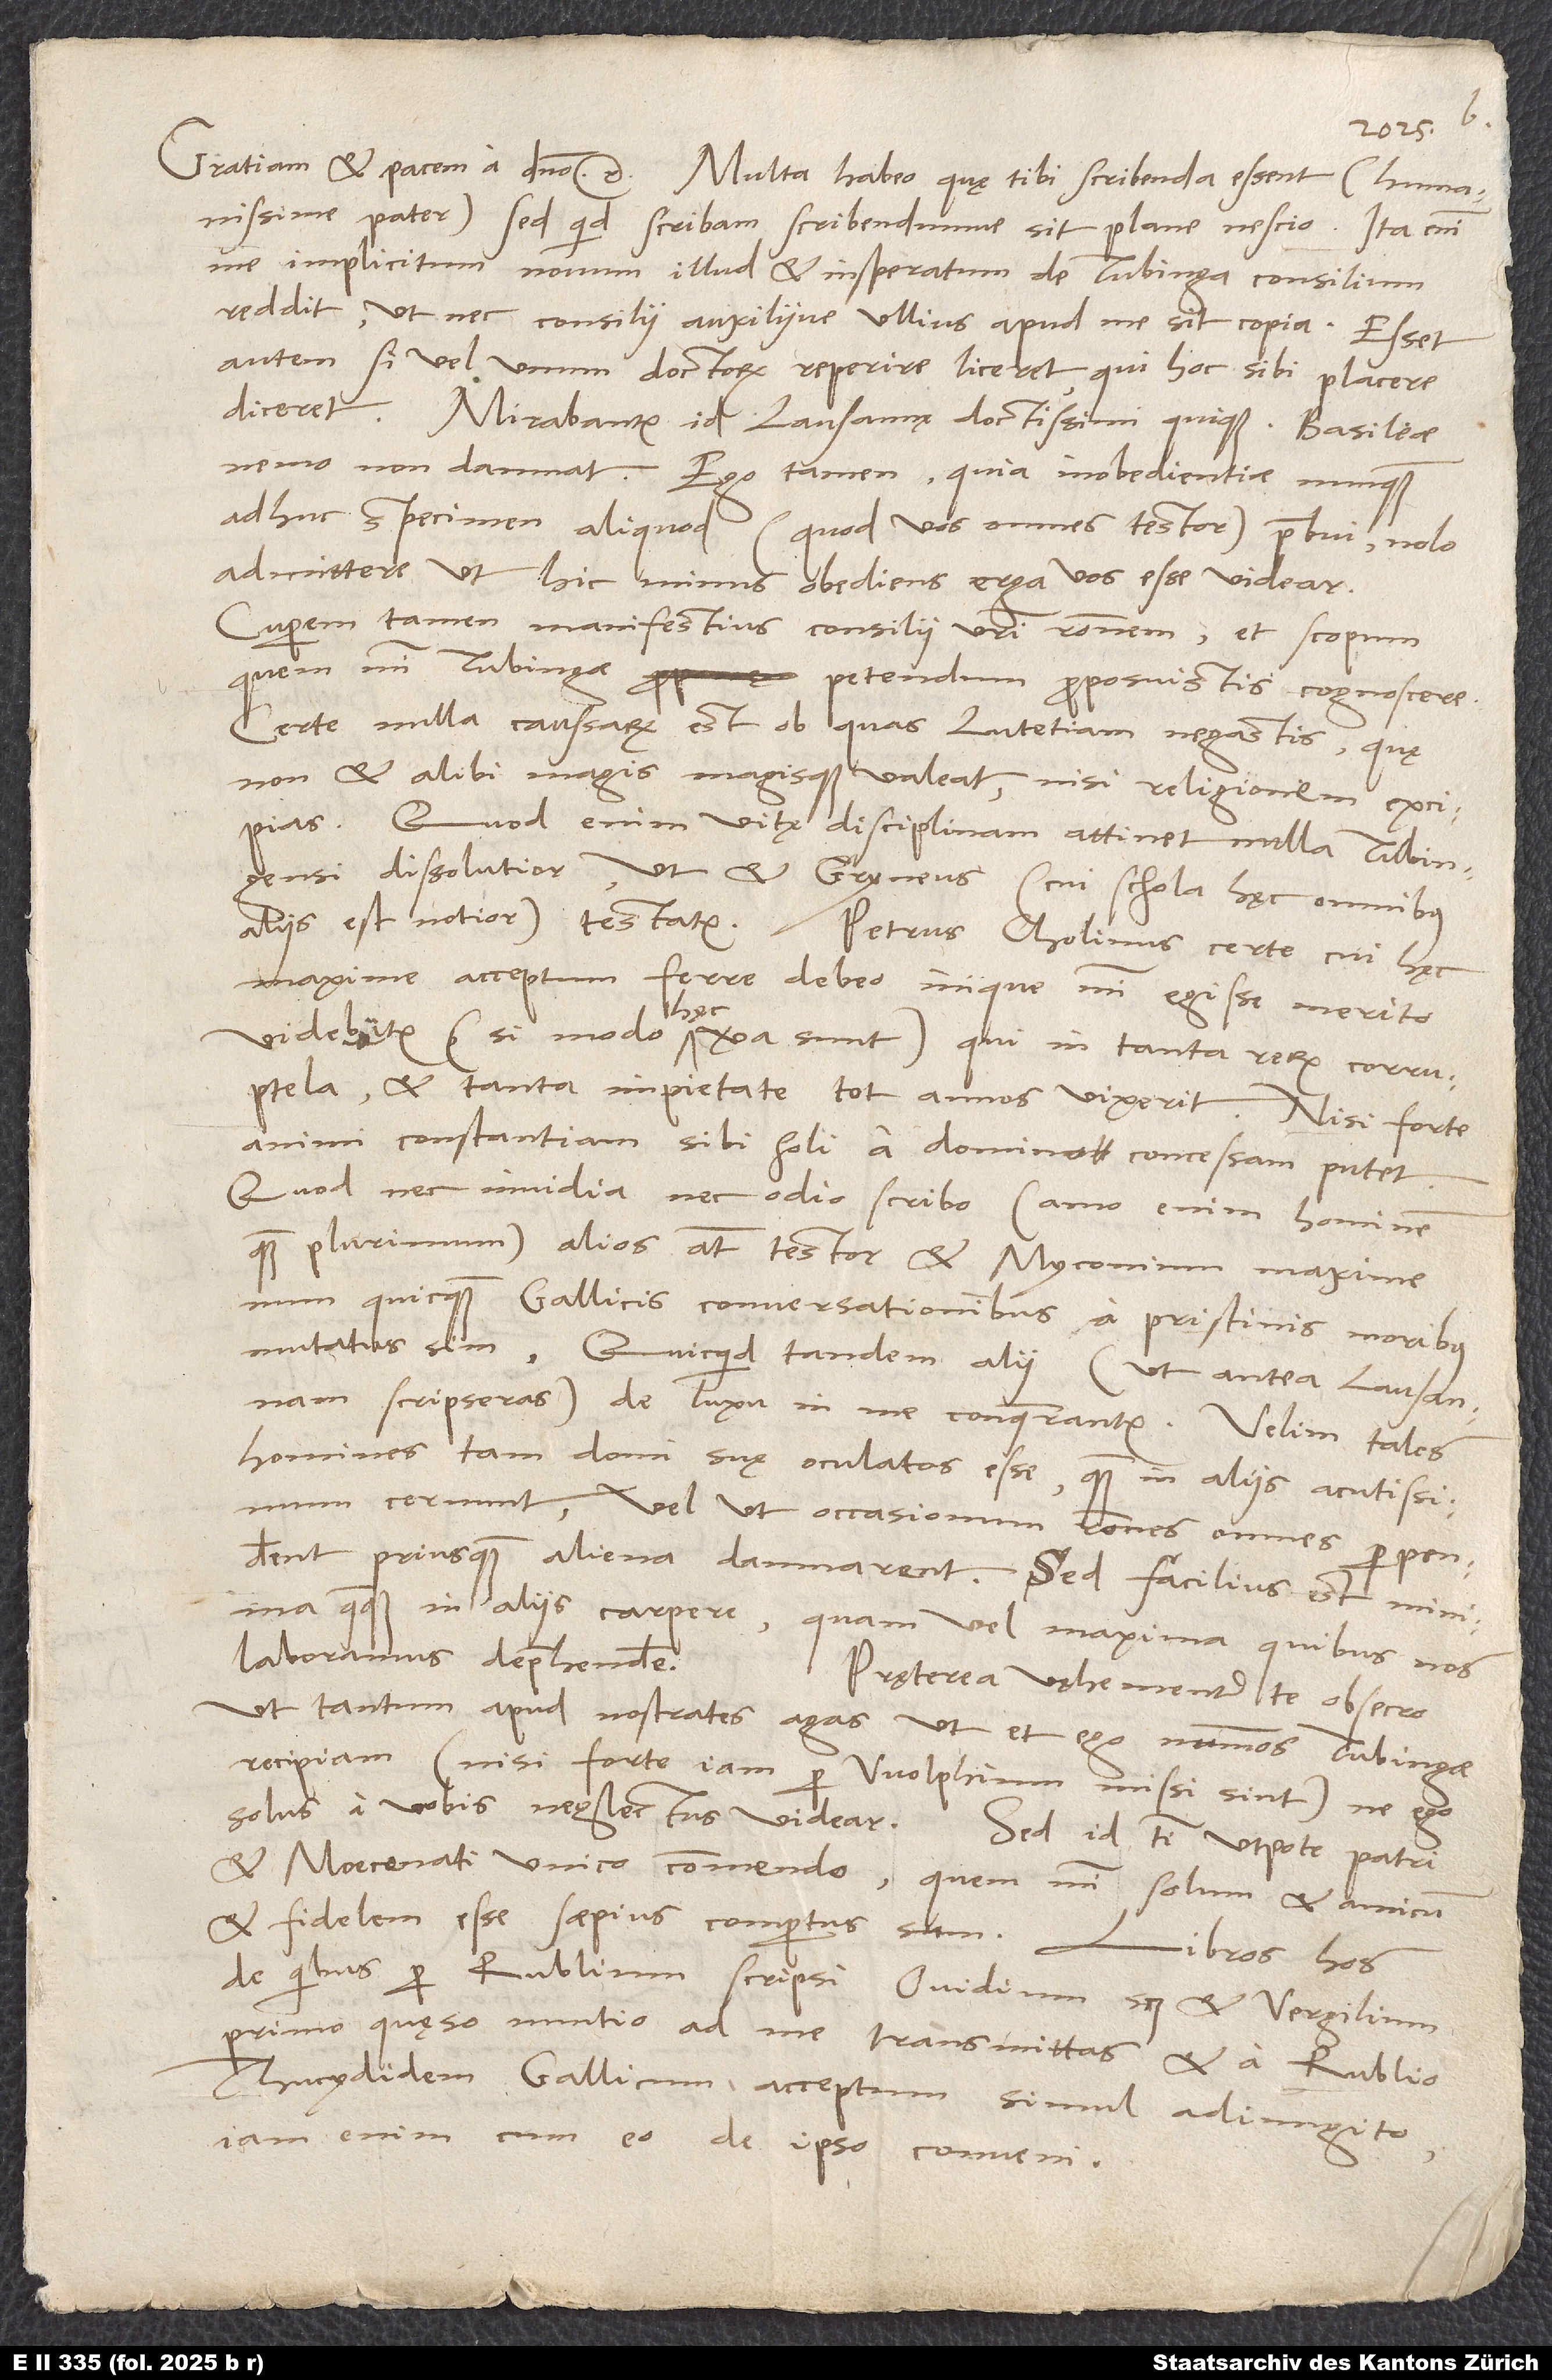
humanissime pater; sed quid scribam scribendumve sit, plane nescio.
Ita enim
me implicitum novum illud et insperatum de Tubinga consilium
reddit, ut nec consilii auxiliive ullius apud me sit copia. Esset
autem, si vel unum doctorum reperire liceret, qui hoc sibi placere
diceret. Mirabantur id Lausannę doctissimi quique, Basileae
nemo non damnat. Ego tamen, quia inobedientiae nunquam
adhuc specimen aliquod (quod vos omnes testor) praebui, nolo
admittere, ut hic minus obediens erga vos esse videar.
Cuperem tamen manifestius consilii vestri rationem et scopum,
quem mihi Tubingae petendum proposuistis, cognoscere.
Certe nulla caussarum est, ob quas Lutetiam negastis, quę
non et alibi magis magisque valeat, nisi religionem excipias.
Quod enim vitę disciplinam attinet, nulla Tubingensi
dissolutior, ut et Gryneus (cui schola hęc omnibus
aliis est notior) testatur. Petrus Cholinus certe, cui hęc
maxime acceptum ferre debeo, inique mihi egisse merito
videbitur (si modo hęc vera sunt), qui in tanta rerum corruptela
et tanta impietate tot annos vixerit, nisi forte
animi constantiam sibi soli a domino concessam putet.
Quod nec invidia nec odio scribo (amo enim hominem
quam plurimum); alios autem testor et Myconium maxime,
num quicquam Gallicis conversationibus a pristinis moribus
mutatus sim. Quicquid tandem alii (ut antea Lausannam
scripseras) de luxu in me conquerantur, velim tales
homines tam domi suę oculatos esse, quam in aliis acutissimum
cernunt, vel ut occasionum rationes omnes perpenderent,
priusquam aliena damnarent. Sed facilius est minima
quaeque in aliis carpere quam vel maxima, quibus nos
laboramus, deprehendere.
Pręterea vęhementer te obsecro,
ut tantum apud nostrates agas, ut et ego nummos Tubingae
recipiam (nisi forte iam per Wolphium missi sunt), ne ego
solus a vobis neglectus videar.
Sed id tibi utpote patri
et Moecenati unico commendo, quem mihi solum et amicum
de quibus per Rublium scripsi, Ovidium scilicet et Vergilium,
primo, quęso, nuntio ad me transmittas et a Rublio
Thucydidem Gallicum acceptum simul adiungito;
iam enim cum eo de ipso conveni.